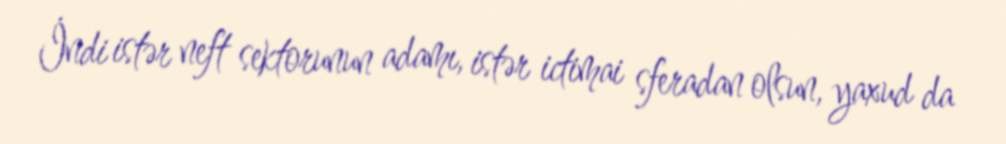
İndi istər neft sektorunun adamı, istər ictimai sferadan olsun, yaxud da